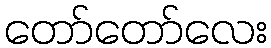
တော်တော်လေး